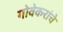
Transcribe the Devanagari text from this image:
गोवेकरांचे